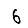
Digit: 6